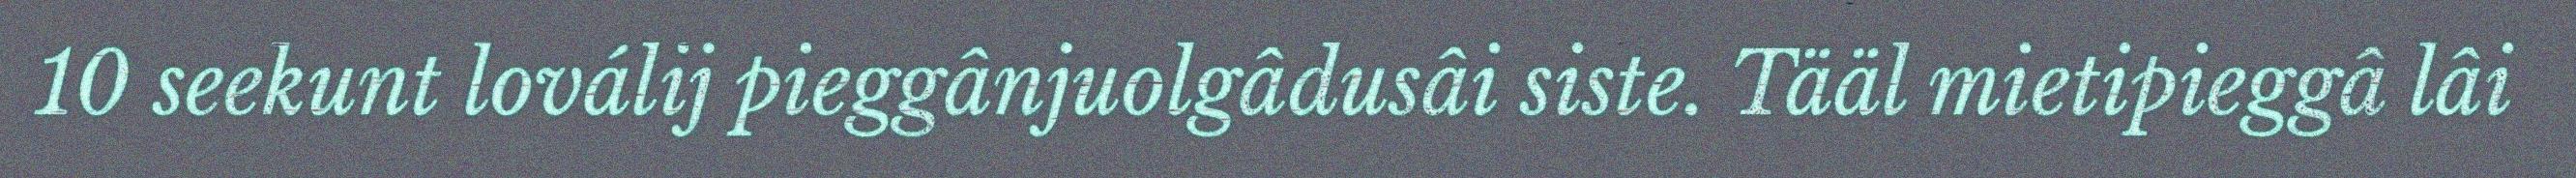
10 seekunt loválij pieggânjuolgâdusâi siste. Tääl mietipieggâ lâi